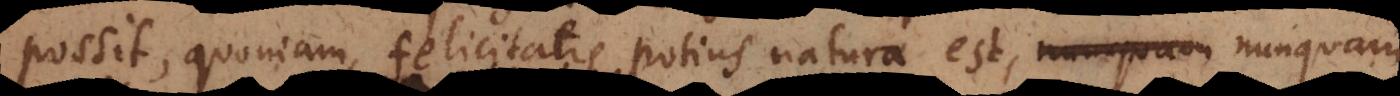
possit, quoniam felicitatis potius natura est, nunquam in